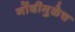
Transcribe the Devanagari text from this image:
नोंदीमुळेच